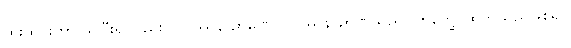
ထိုးထွင်းကာ သိပြီး၍လည်း။ ဝိပဿနာဉာဏေ၊ ဝိပဿနာဉာဏ်သည်။ တိက္ခေ၊ ထက်သည်ဖြစ်၍။